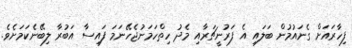
ފިހާރައަށް ގެނައުމުން ބަލައި އެ ފަރުނީޗަރާއި މެދު ހިތްހަމަނުޖެހޭނަމަ ފައިސާ އަބުރާ ލިބޭނެކަމަށެވެ.